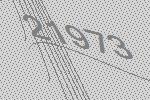
21973